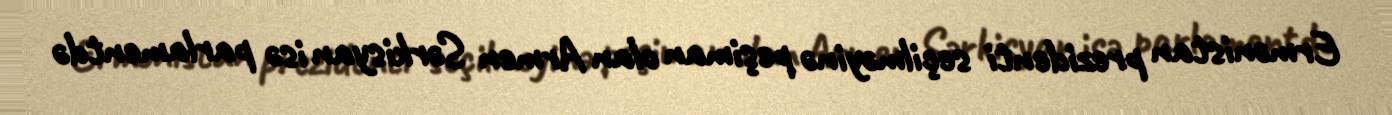
Ermənistan prezidenti seçilməyinə peşiman olan Armen Sərkisyan isə parlamentdə